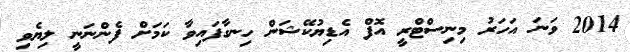
2014 ވަނަ އަހަރު މިނިސްޓްރީ އޮފް އެޑިޔުކޭޝަން ހިނގާފައިވާ ކަމަށް ފެންނަނީ ލިޔެވި